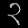
Digit: ၃